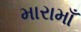
મારામાઁ